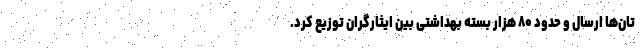
تان‌ها ارسال و حدود ۸۰ هزار بسته بهداشتی بین ایثارگران توزیع کرد.